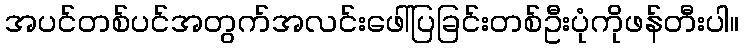
အပင်တစ်ပင်အတွက်အလင်းဖေါ်ပြခြင်းတစ်ဦးပုံကိုဖန်တီးပါ။